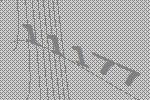
11177